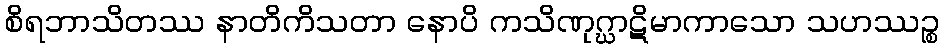
စိရဘာသိတဿ နာတိကိသတာ နောပိ ကသိဏုဂ္ဃာဋိမာကာသော သဟဿဉ္စ